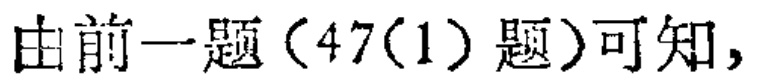
由前一题（47(1)题）可知，